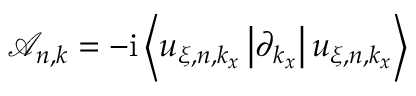
\mathcal { A } _ { n , k } = - \mathrm { i } \left< u _ { \xi , n , k _ { x } } \vphantom { \partial _ { k _ { x } } } \vphantom { u _ { \xi , n , k _ { x } } } \left| \partial _ { k _ { x } } \vphantom { u _ { \xi , n , k _ { x } } } \vphantom { u _ { \xi , n , k _ { x } } } \right| u _ { \xi , n , k _ { x } } \vphantom { u _ { \xi , n , k _ { x } } } \vphantom { \partial _ { k _ { x } } } \right>